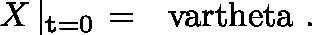
X \left| _ { { \bf t } = 0 } \right. = \mathrm { \boldmath ~ \ v a r t h e t a ~ } .